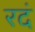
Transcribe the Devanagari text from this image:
रदं